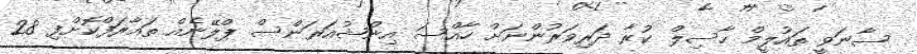
ސާނަވީ ތައުލީމް ހާސިލް ކުރާ ދަރިވަރުންނަށް ހާއްސަ އިންޝުއަރަންސް ޕްލޭނެއް ތައާރަފްކޮށްފި 28